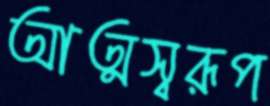
আত্মস্বরূপ